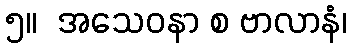
၅။  အသေဝနာ စ ဗာလာနံ၊